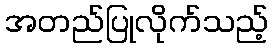
အတည်ပြုလိုက်သည့်